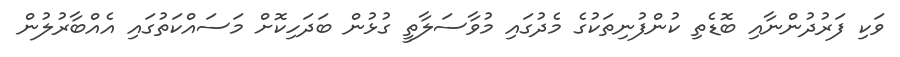
ވަކި ފަރުދުންނާއި ބޮޑެތި ކުންފުނިތަކުގެ މެދުގައި މުވާސަލާތީ ގުޅުން ބަދަހިކޮށް މަސައްކަތުގައި އެއްބާރުލުން